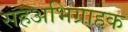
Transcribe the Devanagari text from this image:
सहअभिग्राहक